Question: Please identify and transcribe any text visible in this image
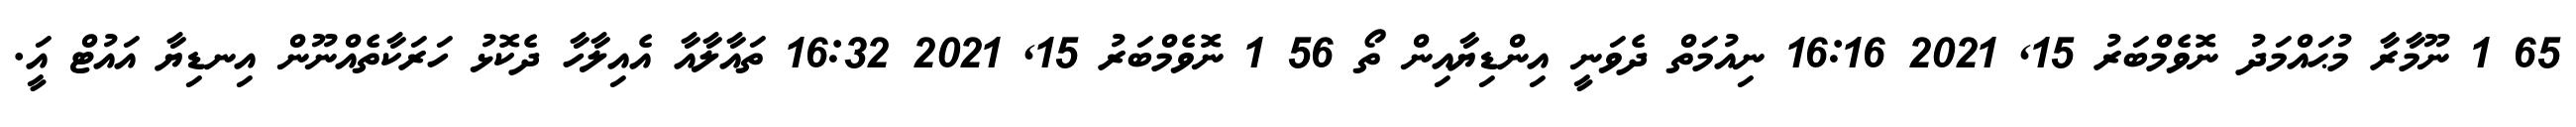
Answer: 65 1 ނޫމާރާ މުޙައްމަދު ނޮވެމްބަރު 15, 2021 16:16 ނިއުމަތް ދެވަނީ އިންޑިޔާއިން ތޯ 56 1 ނޮވެމްބަރު 15, 2021 16:32 ތައާލާއާ އެއިލާހާ ދެކޮޅު ހަރަކާތެއްނޫން އިނޑިޔާ އައުޓް އަީ.